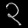
Digit: ၃